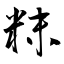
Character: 粖